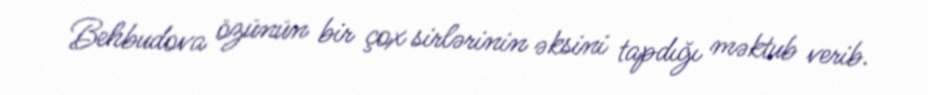
Behbudova özünün bir çox sirlərinin əksini tapdığı məktub verib.